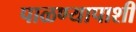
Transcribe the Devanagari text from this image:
पाळण्यापाशी